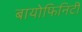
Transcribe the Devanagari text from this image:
बायोफिनिटी